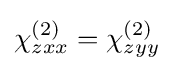
\chi _{zxx}^{(2)}=\chi _{zyy}^{(2)}